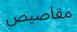
مقاصيص